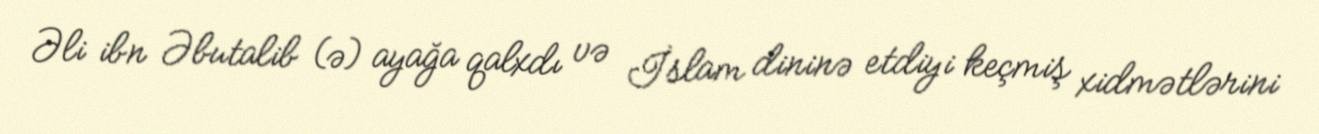
Əli ibn Əbutalib (ə) ayağa qalxdı və İslam dininə etdiyi keçmiş xidmətlərini